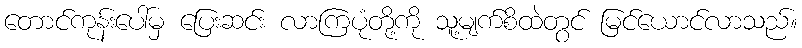
တောင်ကုန်းပေါ်မှ ပြေးဆင်း လာကြပုံတို့ကို သူ့မျက်စိထဲတွင် မြင်ယောင်လာသည်။